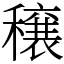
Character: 穣